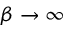
\beta \to \infty